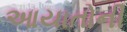
આયાતોની